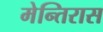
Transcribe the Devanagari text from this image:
मेन्तिरास